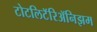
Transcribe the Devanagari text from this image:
टोटलिटॅरिॲनिझम